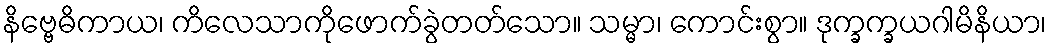
နိဗ္ဗေဓိကာယ၊ ကိလေသာကိုဖောက်ခွဲတတ်သော။ သမ္မာ၊ ကောင်းစွာ။ ဒုက္ခက္ခယဂါမိနိယာ၊